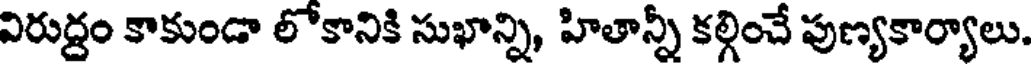
విరుద్దం కాకుండా లోకానికి సుఖాన్ని, హితాన్నీ కల్గించే పుణ్యకార్యాలు.